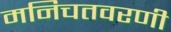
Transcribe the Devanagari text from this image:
मनिचतवरणी